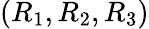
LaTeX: (R_{1},R_{2},R_{3})